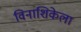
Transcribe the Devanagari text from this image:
विनाशिकेला